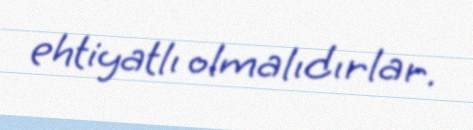
ehtiyatlı olmalıdırlar.